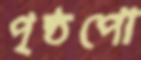
পৃষ্ঠপো